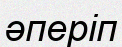
әперіп